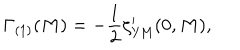
\Gamma _ { ( 1 ) } ( M ) = - { \frac { 1 } { 2 } } \zeta _ { \mathrm { Y M } } ^ { \prime } ( 0 , M ) ,